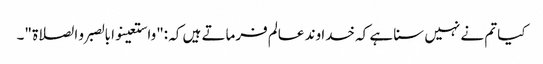
کیا تم نے نہیں سنا ہے کہ خدا وند عالم فرماتے ہیں کہ :"واستعینوا بالصبر و الصلاۃ "۔